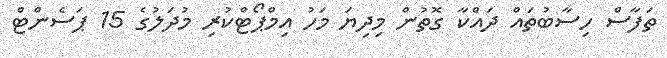
ތަފާސް ހިސާބުތައް ދައްކާ ގޮތުން މިދިޔަ މަހު އިމްޕޯޓްކުރި މުދަލުގެ 15 ޕަސެންޓް